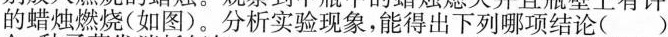
的蜡烛燃烧(如图)。分析实验现象，能得出下列哪项结论( )